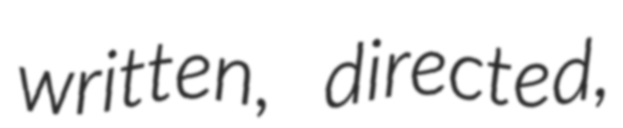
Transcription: written, directed,